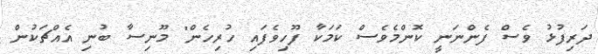
ދަރިފުޅު ވެސް ފެންނަނީ ކޮންމެވެސް ކަމަކާ ފޫހިވެފައި ހުރިހެން" މޫނިސާ ބުނި އެއްޗަކުން